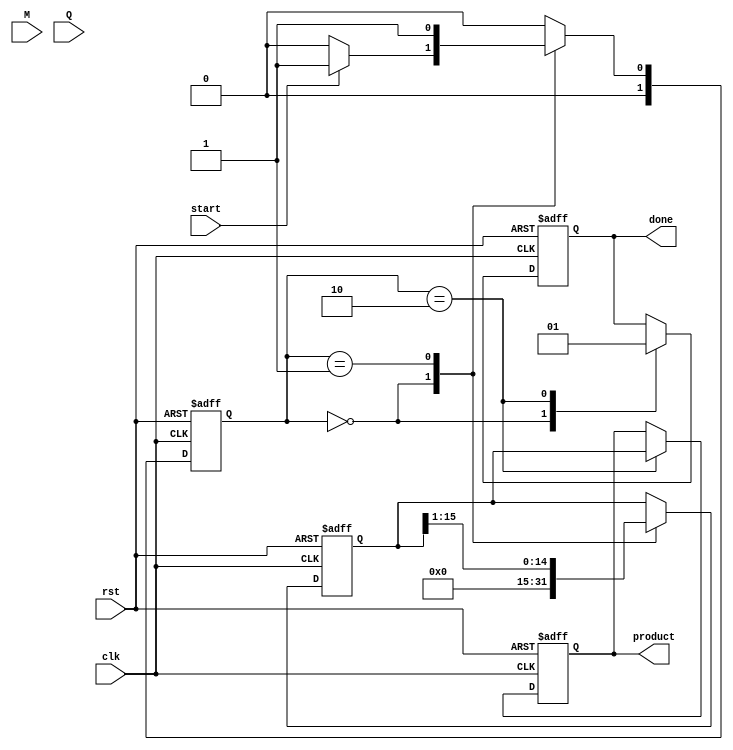
module modified_booth_multiplier #(
    parameter WIDTH = 8 // Bit-width of the inputs
)(
    input wire signed [WIDTH-1:0] M, // Multiplicand
    input wire signed [WIDTH-1:0] Q, // Multiplier
    input wire start, // Start signal for multiplication
    input wire clk, // Clock signal
    input wire rst, // Reset signal
    output reg signed [2*WIDTH-1:0] product, // Final product
    output reg done // Done signal
);

    reg signed [2*WIDTH-1:0] A; // Accumulator
    reg signed [WIDTH-1:0] Q_reg; // Register for multiplier
    reg Q_1; // Previous bit of Q
    reg [2:0] count; // Counter for iterations

    // State machine states
    localparam IDLE = 2'b00, RUN = 2'b01, DONE = 2'b10;
    reg [1:0] state, next_state;

    // State machine for controlling the multiplication process
    always @(posedge clk or posedge rst) begin
        if (rst) begin
            state <= IDLE;
        end else begin
            state <= next_state;
        end
    end

    // Next state logic
    always @(*) begin
        case (state)
            IDLE: begin
                if (start) 
                    next_state = RUN;
                else 
                    next_state = IDLE;
            end
            RUN: begin
                if (count == WIDTH) 
                    next_state = DONE;
                else 
                    next_state = RUN;
            end
            DONE: begin
                next_state = IDLE;
            end
            default: next_state = IDLE;
        endcase
    end

    // Main multiplication logic
    always @(posedge clk or posedge rst) begin
        if (rst) begin
            A <= 0;
            Q_reg <= 0;
            Q_1 <= 0;
            count <= 0;
            product <= 0;
            done <= 0;
        end else begin
            case (state)
                IDLE: begin
                    A <= 0;
                    Q_reg <= Q;
                    Q_1 <= 0;
                    count <= 0;
                    done <= 0;
                end
                RUN: begin
                    case ({Q_reg[0], Q_1}) // Booth encoding logic
                        2'b00: begin
                            // No action
                        end
                        2'b01: begin
                            // Add M to A
                            A <= A + {M, {WIDTH{1'b0}}}; // Shift M to align with A
                        end
                        2'b10: begin
                            // Subtract M from A
                            A <= A - {M, {WIDTH{1'b0}}}; // Shift M to align with A
                        end
                        2'b11: begin
                            // No action
                        end
                    endcase

                    // Right shift operation
                    {A, Q_reg} <= {A[2*WIDTH-1:1], Q_reg[WIDTH-1:1], Q_reg[0]}; // Shift A and Q
                    Q_1 <= Q_reg[0]; // Update Q_1
                    count <= count + 1; // Increment count
                end
                DONE: begin
                    product <= A; // Store the product
                    done <= 1; // Indicate completion
                end
            endcase
        end
    end
endmodule